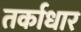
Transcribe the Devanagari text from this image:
तर्काधार